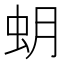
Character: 蚏